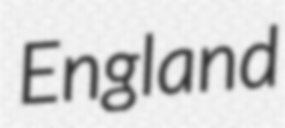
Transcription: England